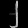
Digit: ၂